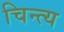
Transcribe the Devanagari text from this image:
चिन्त्य